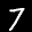
Label: 7